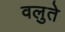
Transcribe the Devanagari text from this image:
वलुते